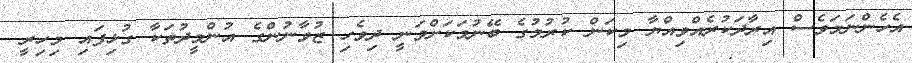
އެހެންނަމަވެސް އިރާދަކުރެއްވިއްޔާ މިކަން ކުރުމުގެ ބޭނުމަކަށްވަނީ ދިވެހި ޒުވާނުންގެ އުންމީދުތަކާ ގުޅިފައި މިހިރީ